Lunatic asylums Punjab 1868-1880 - 1868-1880
Year: 1868
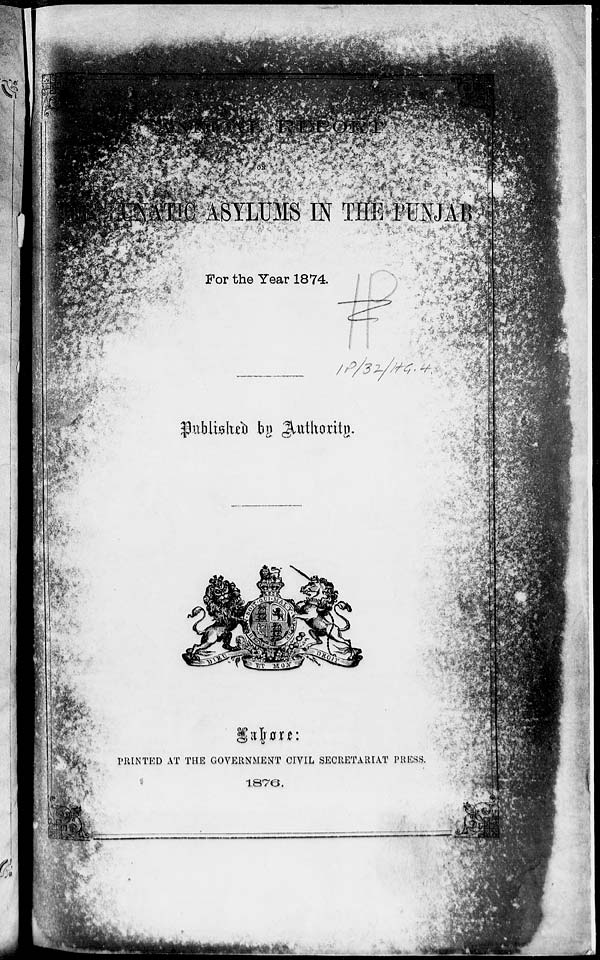
ANNUAL REPORT
THE LUNATIC ASYLUMS IN THE PUNJAB
For the Year 1874.
Published by Authority.
Lahore:
PRINTED AT THE GOVERNMENT CIVIL SECRETARIAT PRESS.
1876.